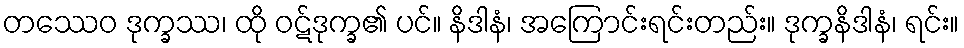
တဿေဝ ဒုက္ခဿ၊ ထို ဝဋ်ဒုက္ခ၏ ပင်။ နိဒါနံ၊ အကြောင်းရင်းတည်း။ ဒုက္ခနိဒါနံ၊ ရင်း။